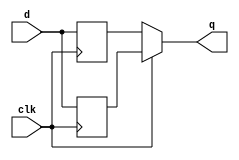
module top_module (
    input clk,
    input d,
    output q
);
    
    wire q1,q2;
    assign q = (clk)?q1:q2;
    
    always @(posedge clk) begin
        q1 <= d;
    end
    
    always @(negedge clk) begin
        q2 <= d;
    end
endmodule